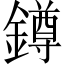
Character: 鐏